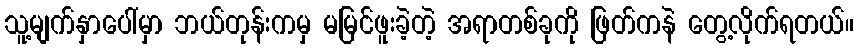
သူ့မျက်နှာပေါ်မှာ ဘယ်တုန်းကမှ မမြင်ဖူးခဲ့တဲ့ အရာတစ်ခုကို ဖြတ်ကနဲ တွေ့လိုက်ရတယ်။